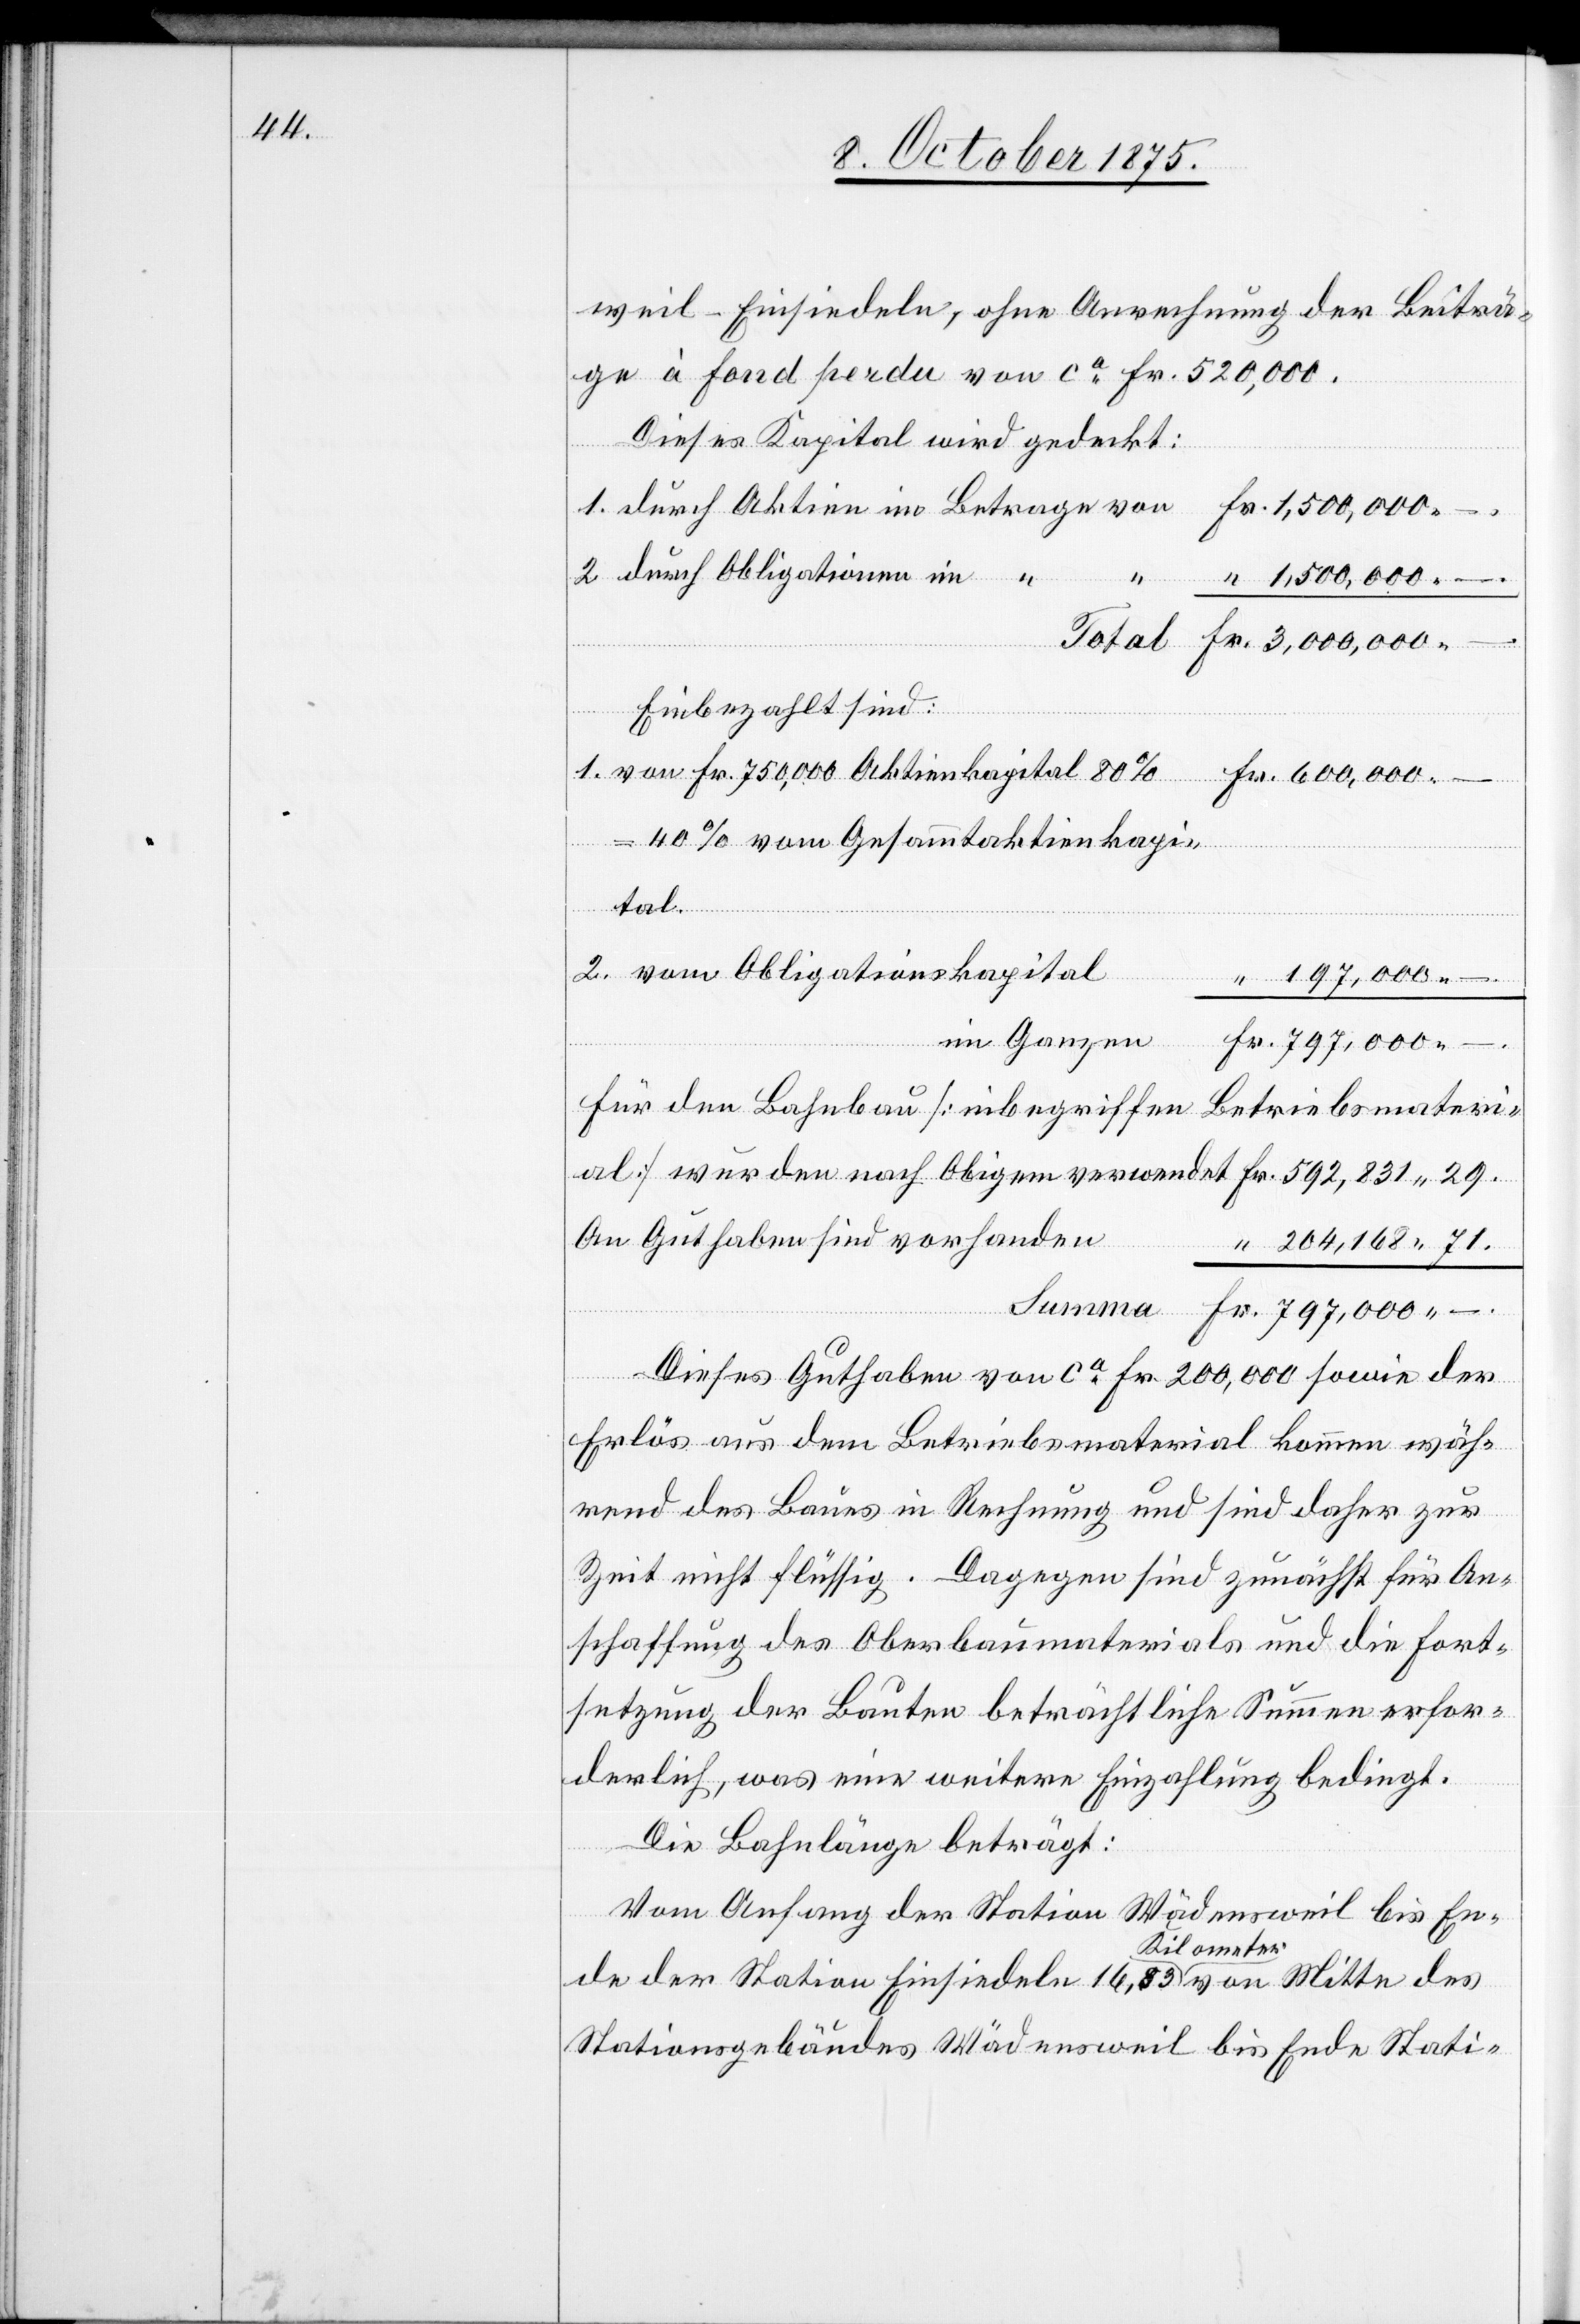
weil–Einsiedeln, ohne Anrechnung der Beiträ¬
ge à fond perdu von ca Fr. 520,000.
Summa
Dieses Kapital wird gedeckt:
–.
durch Obligationen im
Einbezahlt sind:
von Fr. 750,000 Aktienkapital 80%
nach
Fr.
tal.
–.
Für den Bahnbau [inbegriffen Betriebsmateri¬
An Guthaben sind vorhanden
204,168 71.
Dieses Guthaben von ca Fr. 200,000 sowie der
Erlös auf dem Betriebsmaterial kommen wäh¬
rend des Baues in Rechnung und sind daher zur
Zeit nicht flüssig. Dagegen sind zunächst für An¬
schaffung des Oberbaumaterials und die Fort¬
setzung der Bauten beträchtliche Summen erfor¬
derlich, was eine weitere Einzahlung bedingt.
Die Bahnlänge beträgt:
Vom Anfang der Station Wädensweil bis En¬
de der Station Einsiedeln 16,83 Kilometer von Mitte des
Stationsgebäudes Wädensweil bis Ende Stati-